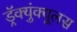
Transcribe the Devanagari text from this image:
ड्रॅक्युंक्यूलस